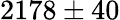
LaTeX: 2178\pm 40